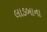
લાડબાના